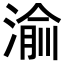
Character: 𬈝